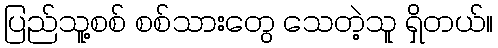
ပြည်သူ့စစ် စစ်သားတွေ သေတဲ့သူ ရှိတယ်။